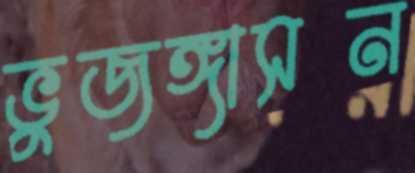
ভুজঙ্গাসন